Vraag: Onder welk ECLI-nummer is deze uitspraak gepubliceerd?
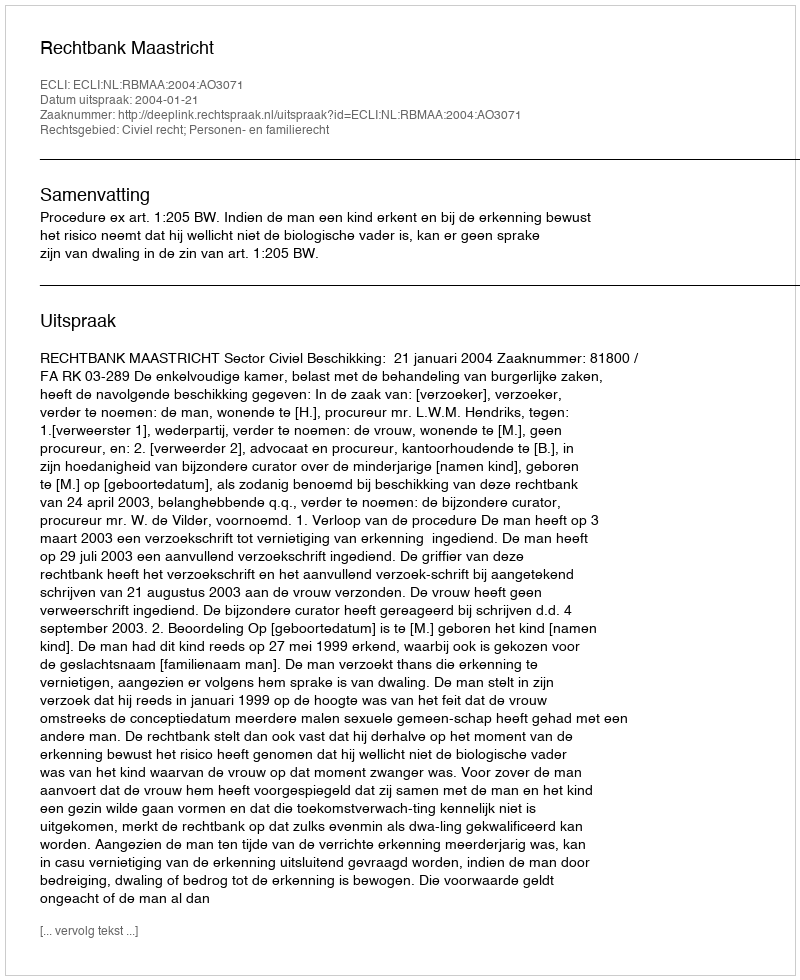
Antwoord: ECLI:NL:RBMAA:2004:AO3071